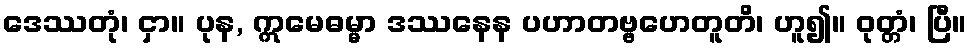
ဒေဿတုံ၊ ငှာ။ ပုန, ဣမေဓမ္မာ ဒဿနေန ပဟာတဗ္ဗဟေတူတိ၊ ဟူ၍။ ဝုတ္တံ၊ ပြီ။